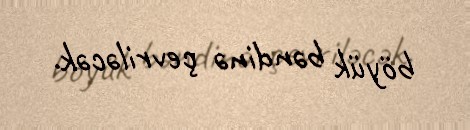
böyük bəndinə çevriləcək.